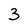
Character: 3